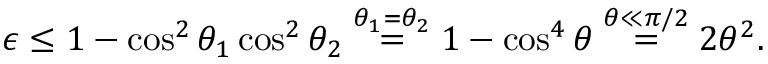
\epsilon \leq 1 - \cos ^ { 2 } \theta _ { 1 } \cos ^ { 2 } \theta _ { 2 } \stackrel { \theta _ { 1 } = \theta _ { 2 } } { = } 1 - \cos ^ { 4 } \theta \stackrel { \theta \ll \pi / 2 } { = } 2 \theta ^ { 2 } .